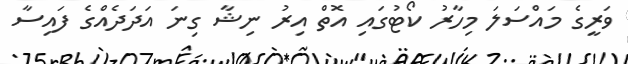
ވަރީގެ މައްސަލަ މިހާރު ކޯޓުގައި އޮތް އިރު ނިޝާ ގިނަ އަދަދެއްގެ ފައިސާ